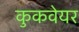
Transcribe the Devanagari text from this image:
कुकवेयर